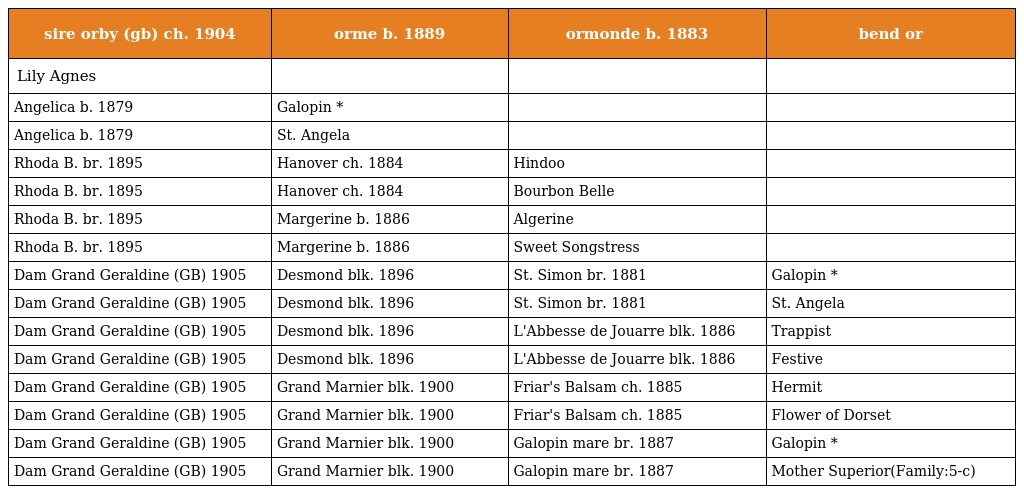
| sire orby (gb) ch. 1904 | orme b. 1889 | ormonde b. 1883 | bend or |
 | --- | --- | --- | --- |
 | Lily Agnes |  |  |  |
 | Angelica b. 1879 | Galopin * |  |  |
 | Angelica b. 1879 | St. Angela |  |  |
 | Rhoda B. br. 1895 | Hanover ch. 1884 | Hindoo |  |
 | Rhoda B. br. 1895 | Hanover ch. 1884 | Bourbon Belle |  |
 | Rhoda B. br. 1895 | Margerine b. 1886 | Algerine |  |
 | Rhoda B. br. 1895 | Margerine b. 1886 | Sweet Songstress |  |
 | Dam Grand Geraldine (GB) 1905 | Desmond blk. 1896 | St. Simon br. 1881 | Galopin * |
 | Dam Grand Geraldine (GB) 1905 | Desmond blk. 1896 | St. Simon br. 1881 | St. Angela |
 | Dam Grand Geraldine (GB) 1905 | Desmond blk. 1896 | L'Abbesse de Jouarre blk. 1886 | Trappist |
 | Dam Grand Geraldine (GB) 1905 | Desmond blk. 1896 | L'Abbesse de Jouarre blk. 1886 | Festive |
 | Dam Grand Geraldine (GB) 1905 | Grand Marnier blk. 1900 | Friar's Balsam ch. 1885 | Hermit |
 | Dam Grand Geraldine (GB) 1905 | Grand Marnier blk. 1900 | Friar's Balsam ch. 1885 | Flower of Dorset |
 | Dam Grand Geraldine (GB) 1905 | Grand Marnier blk. 1900 | Galopin mare br. 1887 | Galopin * |
 | Dam Grand Geraldine (GB) 1905 | Grand Marnier blk. 1900 | Galopin mare br. 1887 | Mother Superior(Family:5-c) |